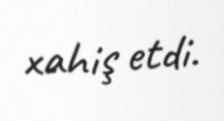
xahiş etdi.